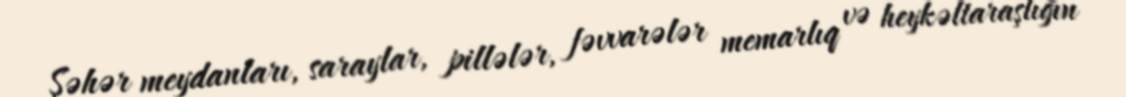
Şəhər meydanları, saraylar, pillələr, fəvvarələr memarlıq və heykəltaraşlığın